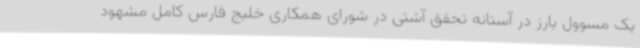
یک مسوول بارز در آستانه تحقق آشتی در شورای همکاری خلیج فارس کامل مشهود